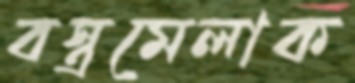
বস্ত্রমেলাক